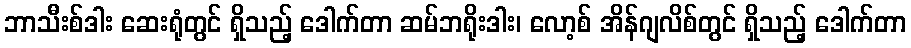
ဘာသီးစ်ဒါး ဆေးရုံတွင် ရှိသည့် ဒေါက်တာ ဆမ်ဘရိုးဒါး၊ လော့စ် အိန်ဂျလိစ်တွင် ရှိသည့် ဒေါက်တာ